Civil Veterinary Department. Madras. Admin. report 1926-33 - 1926-1933
Year: 1926
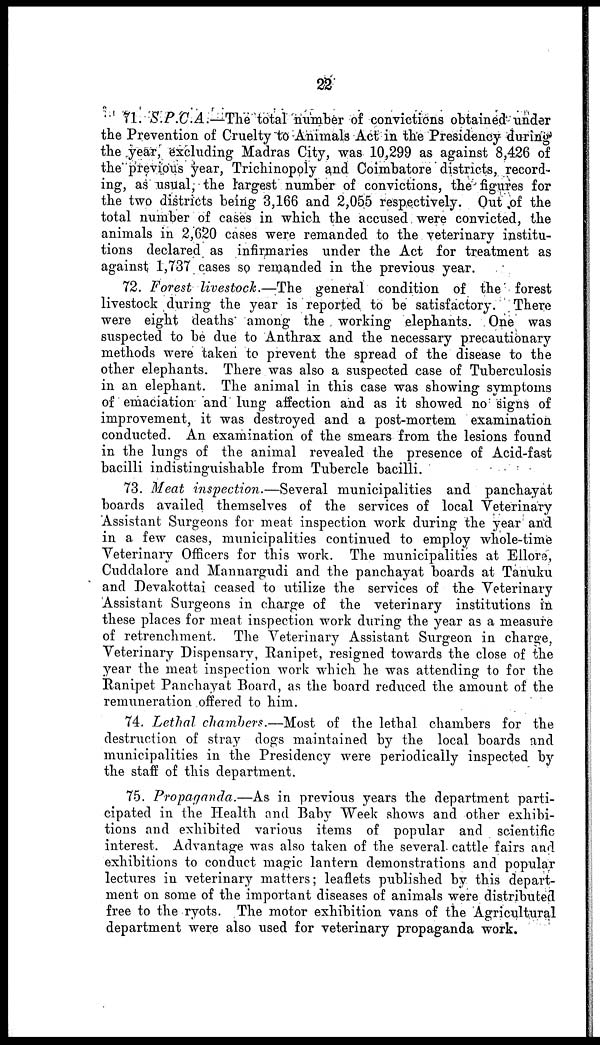
22
71. S.P.C.A.—The total number of convictions obtained under
the Prevention of Cruelty to Animals Act in the Presidency during-
the year, excluding Madras City, was 10,299 as against 8,426 of
the previous year, Trichinopoly and Coimbatore districts, record-
ing, as usual, the largest number of convictions, the figures for
the two districts being 3,166 and 2,055 respectively. Out of the
total number of cases in which the accused were convicted, the
animals in 2,620 cases were remanded to the veterinary institu-
tions declared as infirmaries under the Act for treatment as
against 1,737 cases so remanded in the previous year.
72. Forest livestock.—The general condition of the forest
livestock during the year is reported to be satisfactory. There
were eight deaths among the working elephants. One was
suspected to be due to Anthrax and the necessary precautionary
methods were taken to prevent the spread of the disease to the
other elephants. There was also a suspected case of Tuberculosis
in an elephant. The animal in this case was showing symptoms
of emaciation and lung affection and as it showed no signs of
improvement, it was destroyed and a post-mortem examination
conducted. An examination of the smears from the lesions found
in the lungs of the animal revealed the presence of Acid-fast
bacilli indistinguishable from Tubercle bacilli.
73. Meat inspection.—Several municipalities and panchayat
boards availed themselves of the services of local Veterinary
Assistant Surgeons for meat inspection work during the year and
in a few cases, municipalities continued to employ whole-time
Veterinary Officers for this work. The municipalities at Ellore,
Cuddalore and Mannargudi and the panchayat boards at Tanuku
and Devakottai ceased to utilize the services of the Veterinary
Assistant Surgeons in charge of the veterinary institutions in
these places for meat inspection work during the year as a measure
of retrenchment. The Veterinary Assistant Surgeon in charge,
Veterinary Dispensary, Ranipet, resigned towards the close of the
year the meat inspection work which he was attending to for the
Ranipet Panchayat Board, as the board reduced the amount of the
remuneration offered to him.
74. Lethal chambers.—Most of the lethal chambers for the
destruction of stray dogs maintained by the local boards and
municipalities in the Presidency were periodically inspected by
the staff of this department.
75. Propaganda.—As in previous years the department parti-
cipated in the Health and Baby Week shows and other exhibi-
tions and exhibited various items of popular and scientific
interest. Advantage was also taken of the several cattle fairs and
exhibitions to conduct magic lantern demonstrations and popular
lectures in veterinary matters; leaflets published by this depart-
ment on some of the important diseases of animals were distributed
free to the ryots. The motor exhibition vans of the Agricultural
department were also used for veterinary propaganda work.